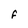
Character: F